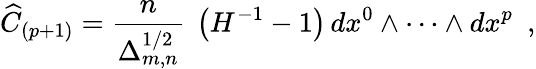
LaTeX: {\widehat C}_{(p+1)}=\frac{n}{\Delta_{m,n}^{1/2}}~\left({H}^{-1}-1\right)\, dx^{0}\wedge\cdots\wedge dx^{p}~~,